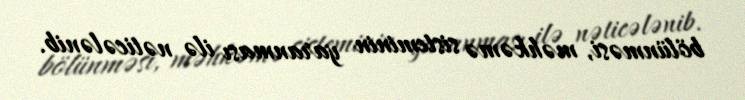
bölünməsi, məhkəmə sisteminin yaranması ilə nəticələnib.